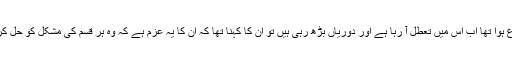
پرفیسر ابراہیم سے جب پوچھا کہ کیا ایسا کوئی تاثر سامنے آ رہا ہے کہ مذاکرات کا سلسلہ جو شروع ہوا تھا اب اس میں تعطل آ رہا ہے اور دوریاں بڑھ رہی ہیں تو ان کا کہنا تھا کہ ان کا یہ عزم ہے کہ وہ ہر قسم کی مشکل کو حل کرنے کے لیے سر توڑ کوشش کریں گے اور انھیں اللہ پر یقین ہے کہ وہ انھیں کامیابی عطا کرے گا۔